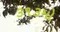
૩૧૩મો